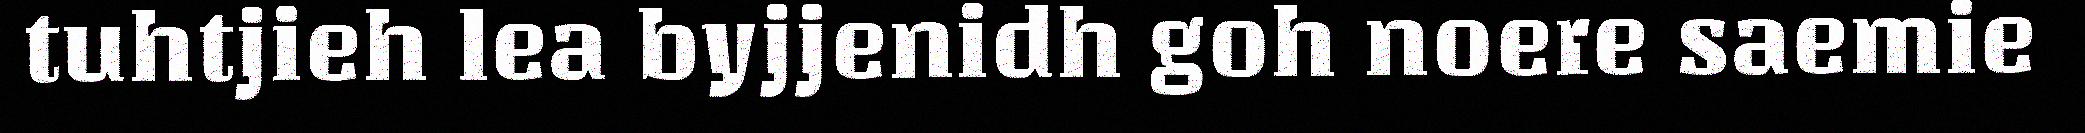
tuhtjieh lea byjjenidh goh noere saemie